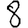
Digit: 8